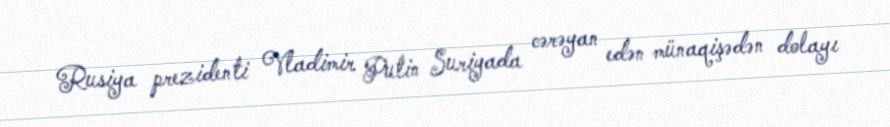
Rusiya prezidenti Vladimir Putin Suriyada cərəyan edən münaqişədən dolayı